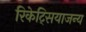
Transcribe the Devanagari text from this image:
रिकेट्सियाजन्य